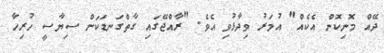
ދޭއް މޮނިކޮން އެކެއް" އުމަރު ވިދާޅުވި އެވެ. "ރާއްޖޭގައި ގާތްގަނޑަކަށް ސިޔާސީ ހުރިހާ